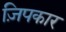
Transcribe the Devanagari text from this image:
ज़िपकार